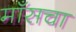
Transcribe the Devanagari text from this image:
माँसचा